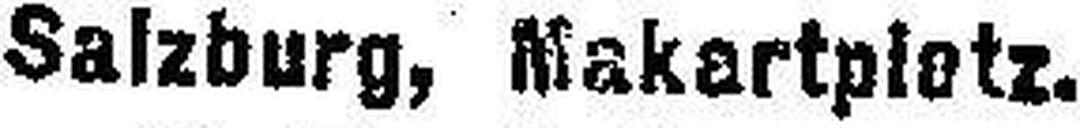
Salzburg, Makartpietz.